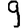
Digit: 9